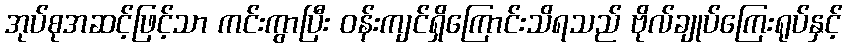
အုပ်စုအဆင့်ဖြင့်သာ ကင်းကွာပြီး ဝန်းကျင်ရှိကြောင်းသိရသည် ဗိုလ်ချုပ်ကြေးရုပ်နှင့်